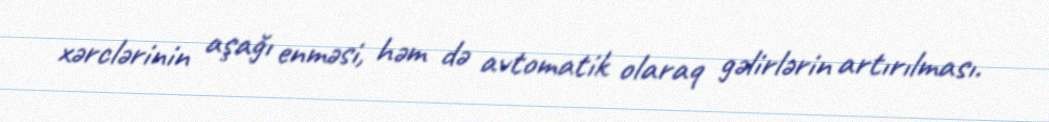
xərclərinin aşağı enməsi, həm də avtomatik olaraq gəlirlərin artırılması.